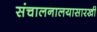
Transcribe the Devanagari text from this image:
संचालनालयासारखी